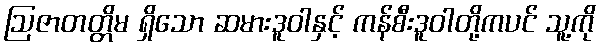
ဩဇာတတ္တိမ ရှိသော ဆမားဒူဝါနှင့် ကန်စီးဒူဝါတို့ကပင် သူ့ကို